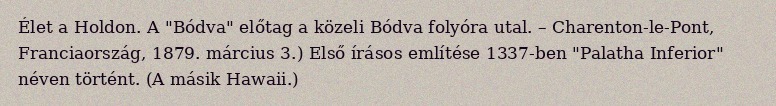
Élet a Holdon. A "Bódva" előtag a közeli Bódva folyóra utal. – Charenton-le-Pont, Franciaország, 1879. március 3.) Első írásos említése 1337-ben "Palatha Inferior" néven történt. (A másik Hawaii.)